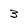
Character: 3